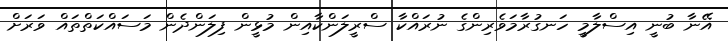
އޭނާ ބުނީ އިސްލާމީ ހަނގުރާމަވެރިންގެ ނުރައްކާ ސްރީލަންކާއިން މުޅީން ފިލަންދެން މަސައްކަތްތައް ވަރަށް